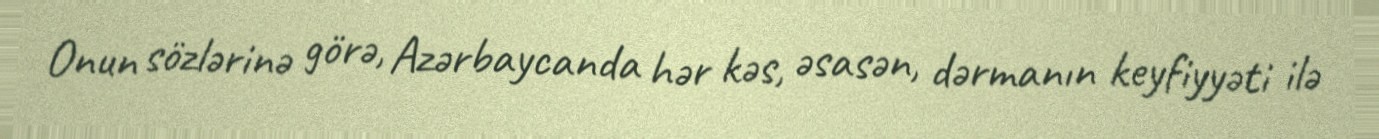
Onun sözlərinə görə, Azərbaycanda hər kəs, əsasən, dərmanın keyfiyyəti ilə